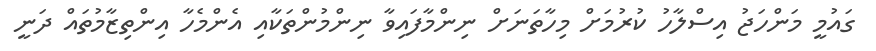
ގައުމީ މަންހަޖު އިސްލާހު ކުރުމަށް މިހާތަނަށް ނިންމާފައިވާ ނިންމުންތަކާއި އެންމެހާ އިންތިޒާމުތައް ދަނީ